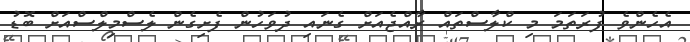
އެހެންވެ ފުރަތަމަ މި ކްލާސްތައް ރާއްޖެއަށް ގެނައި ދުވަހުން ފެށިގެން ލެސްމިލްސްއަށް ބޮޑު